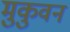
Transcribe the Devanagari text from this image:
मुकुवन